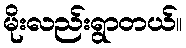
မိုးလည်းရွာတယ်။